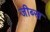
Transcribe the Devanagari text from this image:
जीब्स